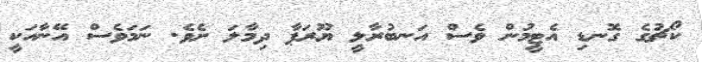
ކޯޗުގެ ގޮނޑި އެޓީމުން ވެސް އަނބުރާލީ ޔޫރަޕާ ދިމާލަ ށެވެ. ނަމަވެސް އޭނާއަކީ